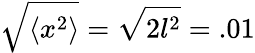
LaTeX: \sqrt{\langle x^{2}\rangle}=\sqrt{2l^{2}}=.01